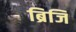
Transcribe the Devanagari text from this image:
ब्रिजि